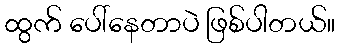
ထွက် ပေါ်နေတာပဲ ဖြစ်ပါတယ်။